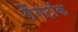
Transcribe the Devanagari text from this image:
गैंगटॉक